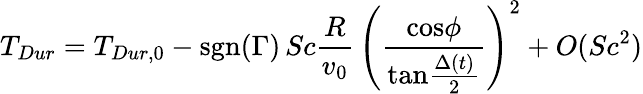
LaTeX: T_{Dur}=T_{Dur,0}-\mathrm{sgn}(\Gamma)\, Sc{\frac{R}{v_{0}}}\, \Bigg({\frac{\mathrm{cos}\phi}{\mathrm{tan}{\frac{\Delta(t)}{2}}}}\Bigg)^{2}+O(Sc^{2})